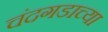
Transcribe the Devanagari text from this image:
चंदगडाच्या